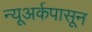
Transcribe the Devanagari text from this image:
न्यूअर्कपासून